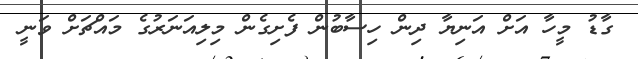
ގާޑު މީހާ އަށް އަނިޔާ ދިން ހިސާބުން ފެށިގެން މިލިއަނަރުގެ މައްޗަށް ވަނީ